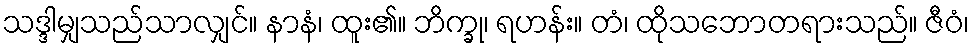
သဒ္ဒါမျှသည်သာလျှင်။ နာနံ၊ ထူး၏။ ဘိက္ခု၊ ရဟန်း။ တံ၊ ထိုသဘောတရားသည်။ ဇီဝံ၊